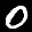
Label: 0